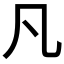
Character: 凡